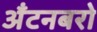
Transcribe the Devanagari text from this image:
अँटनबरो